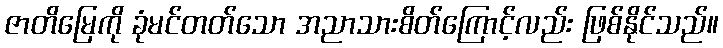
ဇာတိမြေကို ခုံမင်တတ်သော အညာသားစိတ်ကြောင့်လည်း ဖြစ်နိုင်သည်။